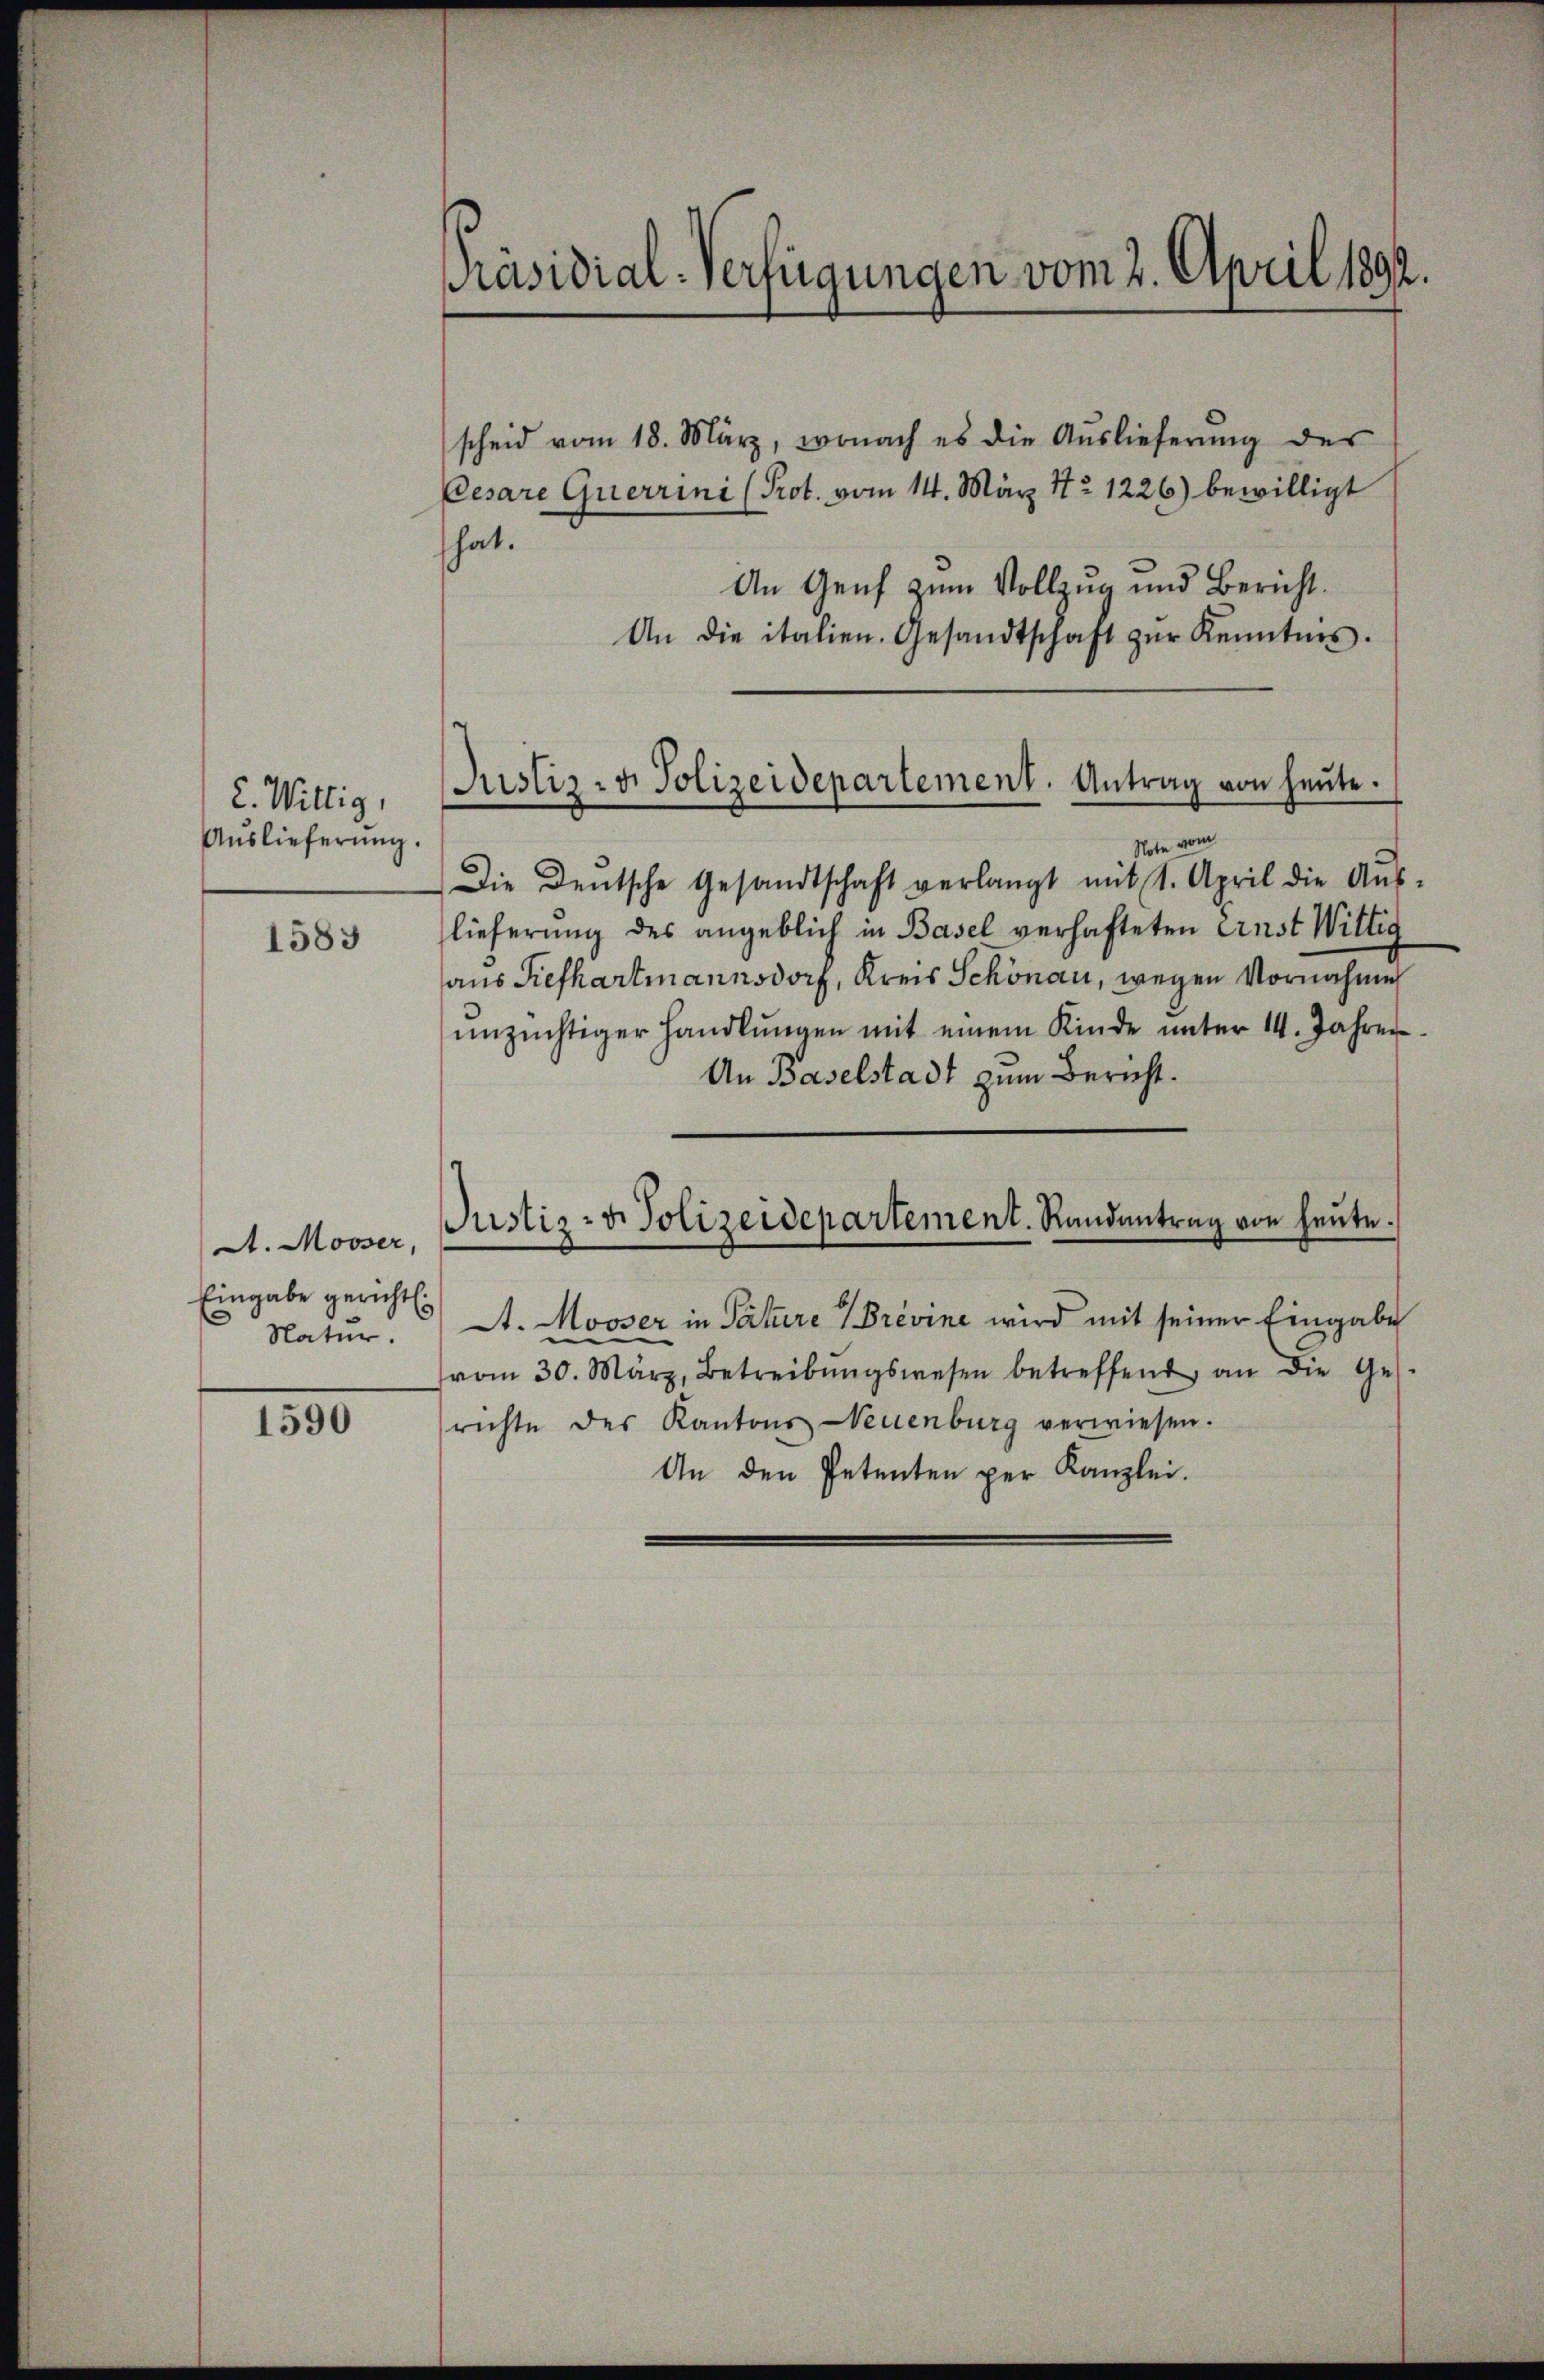
2. Willig,
Auslieferung.

1583

At. Mooser,
Eingabe gericht.
Natur.

1590

Präsidial-Verfügungen vom 2. April 1892.

scheid vom 18. März, wonach es die Auslieferung des
Cesare Querrini (Prot. vom 14. März 172. 1226) bewilligt
hat.
An Genf zum Vollzug und Bericht.
An die italien. Gesandtschaft zŭr Kenntnis.
Note vom
Die Deutsche Gesandtschaft verlangt mit 1. April die Aŭs-
lieferung des angeblich in Basel verhafteten Ernst Wittig
aus Kiefhartmannsdorf, Kreis Schönau, wegen Vornahme
unzüchtiger handlŭngen mit einem Kinde ŭnter 14. Jahren
An Baselstadt zum Bericht.
At. Mooser in Patiere Brevine wird mit seiner Eingabe
vom 30. März, Betreibŭngswesen betreffend, an die Ges.
richte des Kantons Neuenburg verwiesen.
An den Petenten per Kanzlei.

Justiz- & Polizeidepartement. Antrag von heute.

Justiz- & Polizeidepartement. Randantrag von heute.